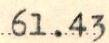
61.43